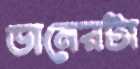
ডানেরটা